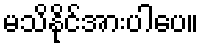
မသိနိုင်အားပါပေ။